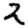
Digit: 2